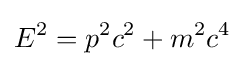
E^{2}=p^{2}c^{2}+m^{2}c^{4}